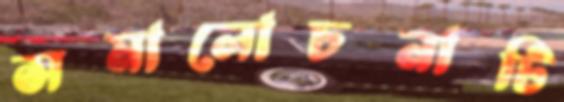
সমালোচনাটি